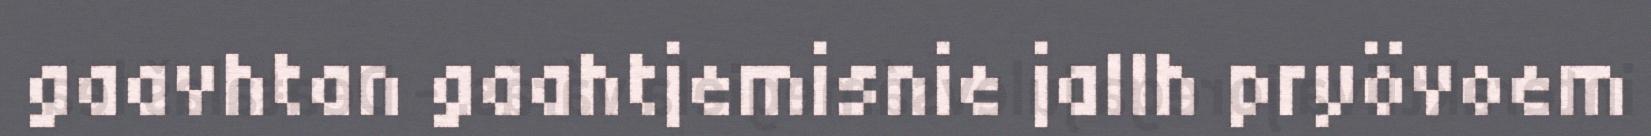
gaavhtan gaahtjemisnie jallh pryövoem